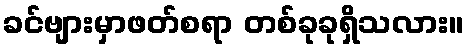
ခင်ဗျားမှာဖတ်စရာ တစ်ခုခုရှိသလား။